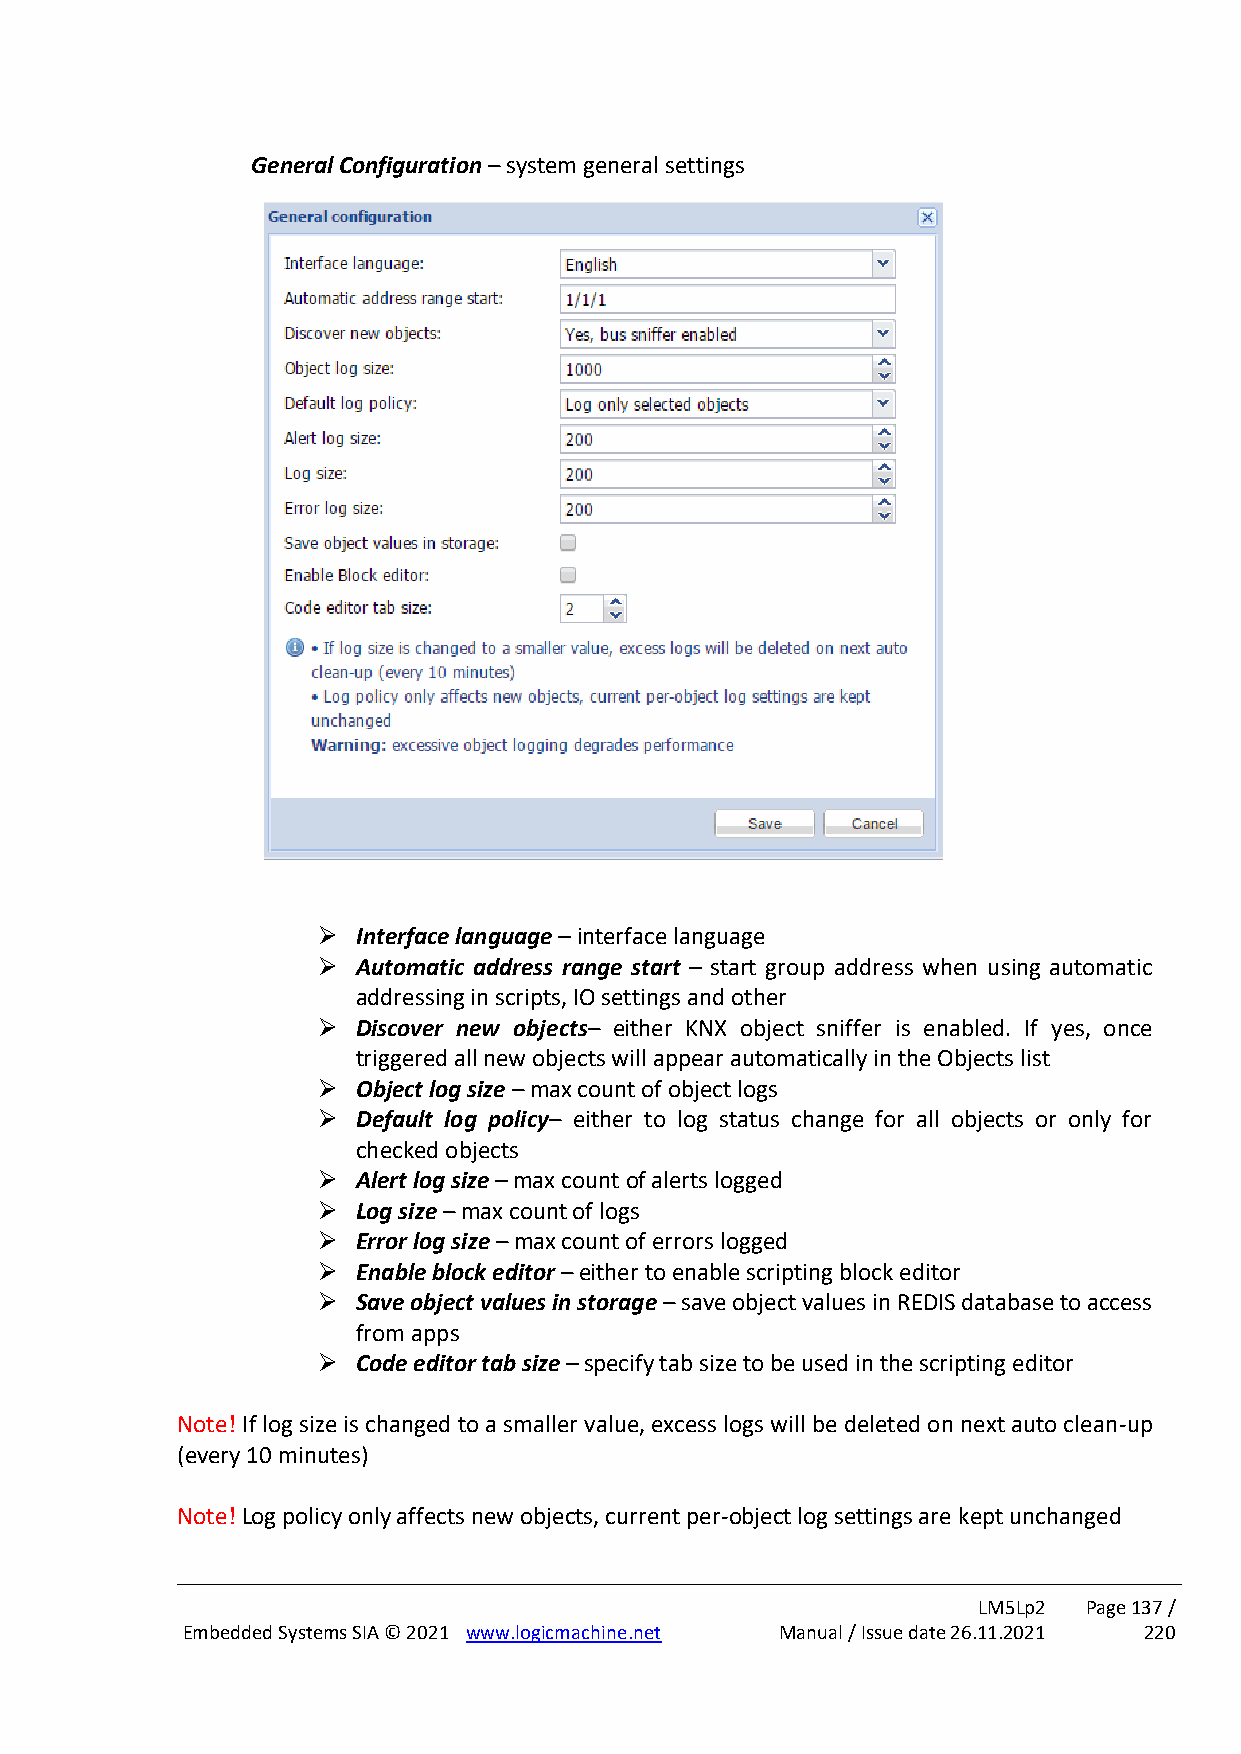
General Configuration – system general settings
 ➢  Interface language – interface language
 ➢  Automatic address range start – start group address when using automatic
 addressing in scripts, IO settings and other
 ➢  Discover new objects– either KNX object sniffer is enabled. If yes, once
 triggered all new objects will appear automatically in the Objects list
 ➢  Object log size – max count of object logs
 ➢  Default log policy– either to log status change for all objects or only for
 checked objects
 ➢  Alert log size – max count of alerts logged
 ➢  Log size – max count of logs
 ➢  Error log size – max count of errors logged
 ➢  Enable block editor – either to enable scripting block editor
 ➢  Save object values in storage – save object values in REDIS database to access
 from apps
 ➢  Code editor tab size – specify tab size to be used in the scripting editor
 Note! If log size is changed to a smaller value, excess logs will be deleted on next auto clean-up
 (every 10 minutes)
 Note! Log policy only affects new objects, current per-object log settings are kept unchanged
 LM5Lp2 Page 137 /
 Embedded Systems SIA © 2021 www.logicmachine.net Manual / Issue date 26.11.2021 220